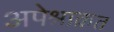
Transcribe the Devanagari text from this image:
अपेश्राक्रत